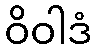
ဝိဝါဒံ